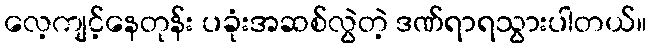
လေ့ကျင့်နေတုန်း ပခုံးအဆစ်လွဲတဲ့ ဒဏ်ရာရသွားပါတယ်။